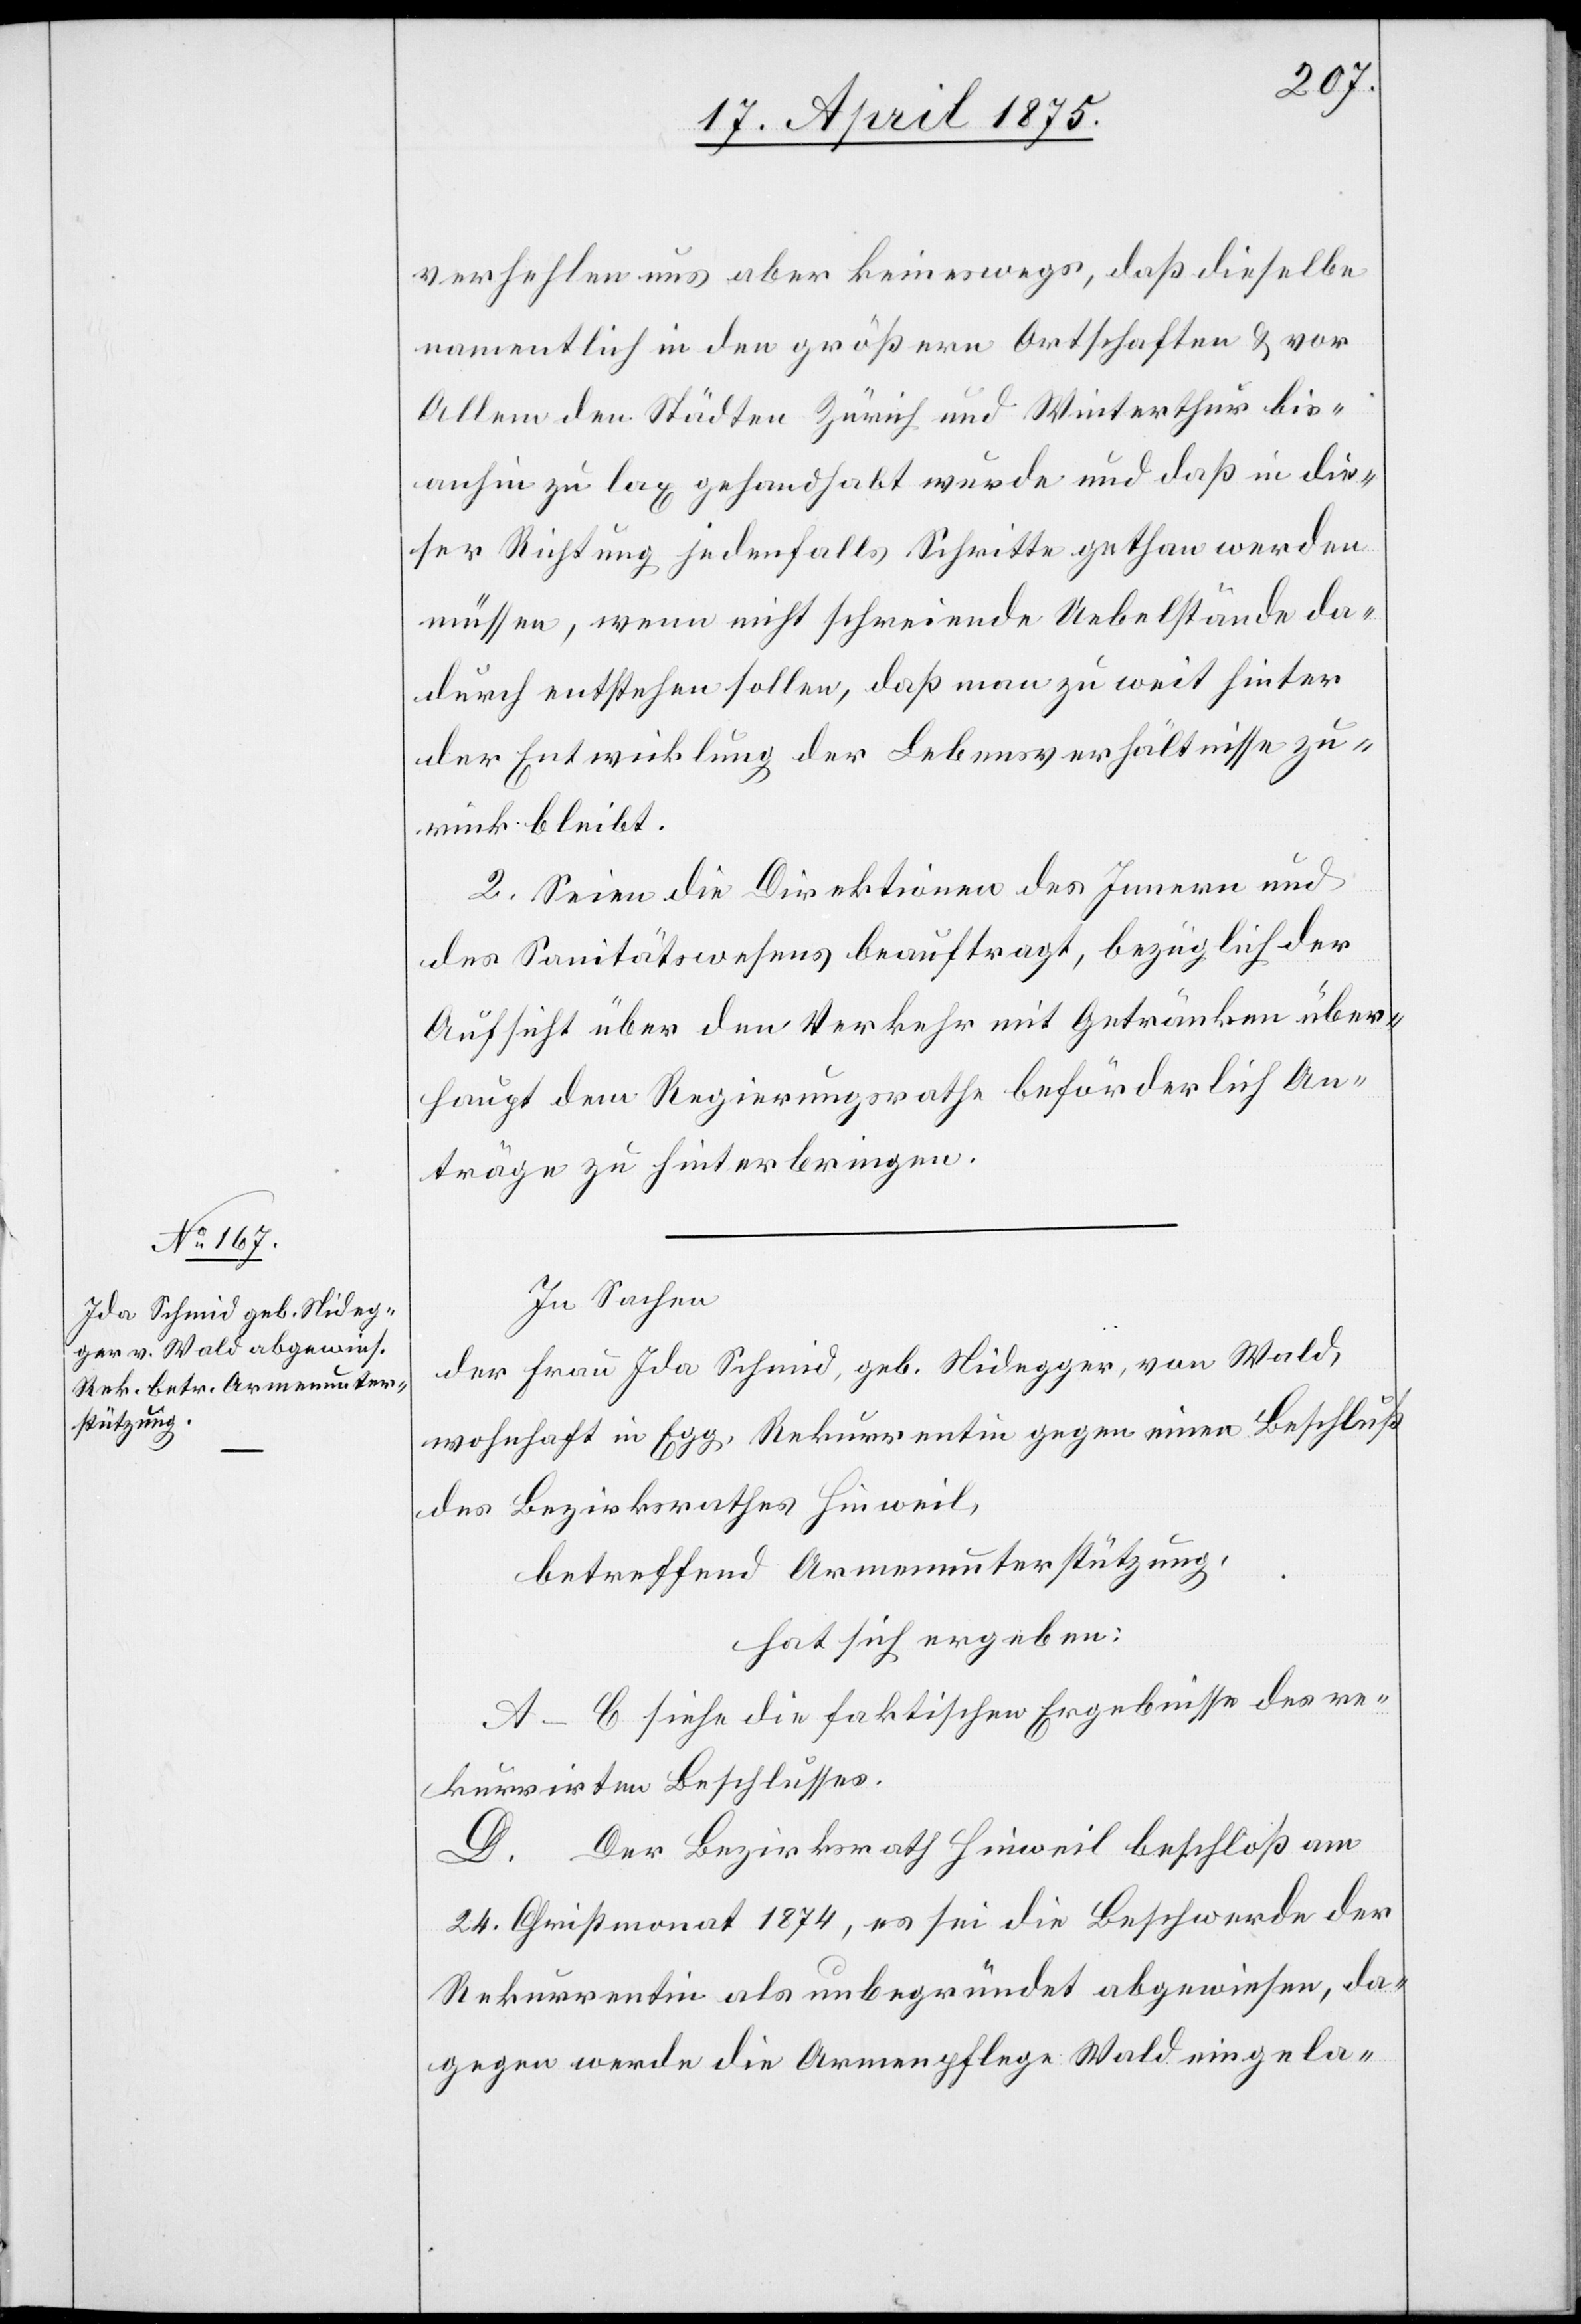
verhehlen uns aber keineswegs, daß dieselbe
namentlich in den größern Ortschaften & vor
Allem den Städten Zürich und Winterthur bis¬
anhin zu lax gehandhabt wurde und daß in die¬
ser Richtung jedenfalls Schritte gethan werden
müssen, wenn nicht schreiende Uebelstände da¬
durch entstehen sollen, daß man zu weit hinter
der Entwicklung der Lebensverhältnisse zu¬
rück bleibt.
2. Seien die Direktionen des Innern und
des Sanitätswesens beauftragt, bezüglich der
Aufsicht über den Verkehr mit Getränken über¬
haupt dem Regierungsrathe beförderlich An¬
träge zu hinterbringen.
In Sachen
der Frau Ida Schmid, geb. Nidegger, von Wald,
wohnhaft in Egg, Rekurrentin gegen einen Beschluß
des Bezirksrathes Hinweil,
betreffend Armenunterstützung,
hat sich ergeben:
A–C siehe die faktischen Ergebnisse des re¬
kurrirten Beschlußes.
D. Der Bezirksrath Hinweil beschloß am
24. Christmonat 1874, es sei die Beschwerde der
Rekurrentin als unbegründet abgewiesen, da¬
gegen werde die Armenpflege Wald eingela-